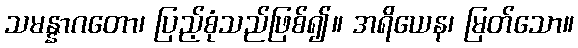
သမန္နာဂတော၊ ပြည့်စုံသည်ဖြစ်၍။ အရိယေန၊ မြတ်သော။